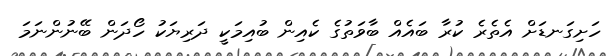
ހަށިގަނޑަށް އެތެރެ ކުރާ ބައެއް ބާވަތުގެ ކެއިން ބުއިމަކީ ދަރިޔަކު ހޯދަން ބޭނުންނަމަ